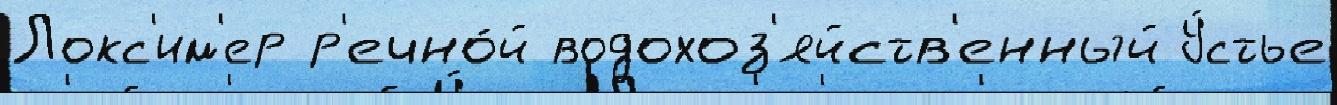
Локс'им'ер р'ечно́й водохоз'яйств'енный У́стье